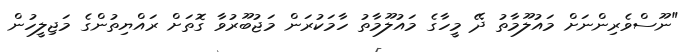
"ނޫސްވެރިންނަށް މައުލޫމާތު ދޭ މީހާގެ މައުލޫމާތު ހާމަކުރަން މަޖުބޫރުވާ ގޮތަށް ރައްޔިތުންގެ މަޖިލީހުން